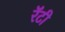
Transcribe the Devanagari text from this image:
रॅटी